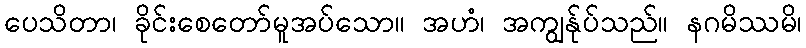
ပေသိတာ၊ ခိုင်းစေတော်မူအပ်သော။ အဟံ၊ အကျွန်ုပ်သည်။ နဂမိဿမိ၊